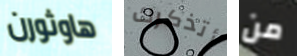
هاوثورن أتذكرك من